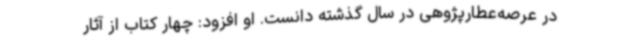
در عرصه‌عطارپژوهی در سال گذشته دانست. او افزود: چهار کتاب از آثار